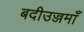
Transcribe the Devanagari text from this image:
बदीउज्जमाँ